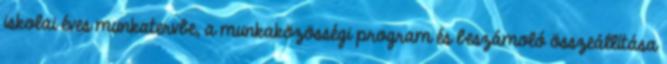
iskolai éves munkatervbe, a munkaközösségi program és beszámoló összeállítása